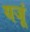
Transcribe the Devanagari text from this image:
यजूं